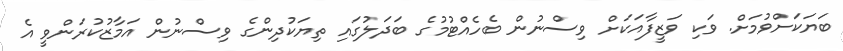
ބަޔަކަށްވުމަށް. ވަކި ވަޒީފާއަކަށް ވިސްނުން ބެހެއްޓުމުގެ ބަދަލުގައި ތިޔަކުދިންގެ ވިސްނުން އަމާޒުކުރަންވީ އެ